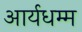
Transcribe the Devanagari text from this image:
आर्यधम्म